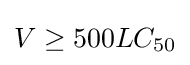
V\geq 500LC_{50}